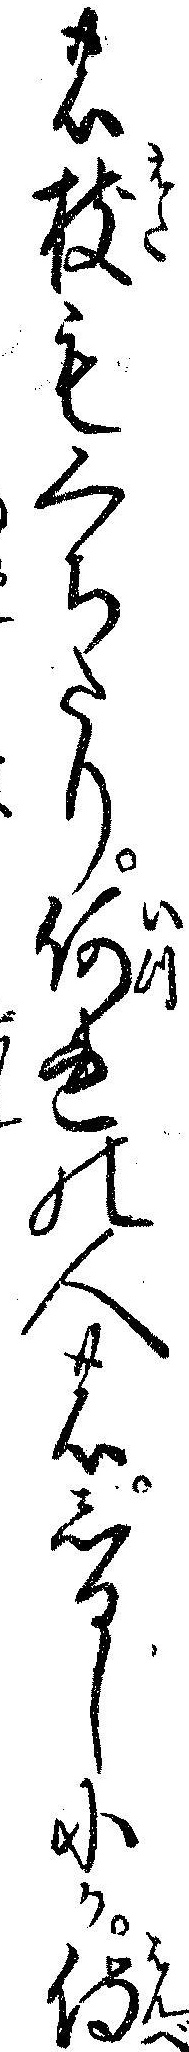
の枝もくちたり何れの人のしるしにか侍